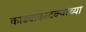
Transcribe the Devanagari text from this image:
काड्याकाटक्यांच्या